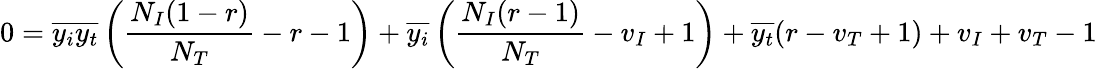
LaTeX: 0=\overline{{y_{i}y_{t}}}\left(\frac{N_{I}(1-r)}{N_{T}}-r-1\right)+\overline{{y_{i}}}\left(\frac{N_{I}(r-1)}{N_{T}}-v_{I}+1\right)+\overline{{y_{t}}}(r-v_{T}+1)+v_{I}+v_{T}-1